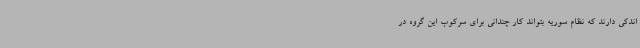
اندکی دارند که نظام سوریه بتواند کار چندانی برای سرکوب این گروه در